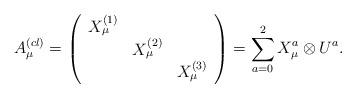
LaTeX: \begin{align*}A_{\mu}^{(cl)}=\left( \begin{array}{ccc} X_{\mu}^{(1)} & & \\ & X_{\mu}^{(2)} & \\ & & X_{\mu}^{(3)}\end{array}\right) = \sum_{a=0}^2 X_{\mu}^{a} \otimes U^a.\end{align*}